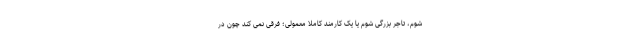
شوم، تاجر بزرگی شوم یا یک کارمند کاملاً معمولی؛ فرقی نمی کند چون در